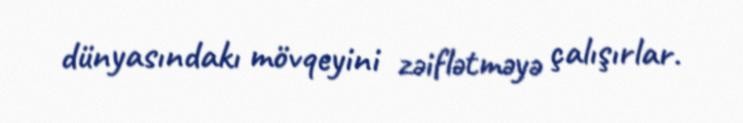
dünyasındakı mövqeyini zəiflətməyə çalışırlar.